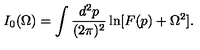
I _ { 0 } ( \Omega ) = \int \frac { d ^ { 2 } p } { ( 2 \pi ) ^ { 2 } } \ln [ F ( p ) + \Omega ^ { 2 } ] .